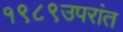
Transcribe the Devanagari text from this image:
१९८९उपरांत